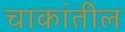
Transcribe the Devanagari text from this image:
चाकांतील